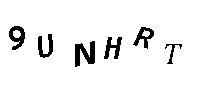
9UNHRT